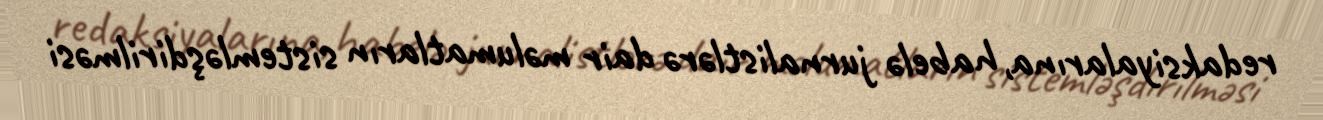
redaksiyalarına, habelə jurnalistlərə dair məlumatların sistemləşdirilməsi